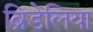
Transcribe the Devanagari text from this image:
ब्रिडेलिया